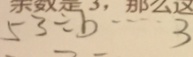
5 3 \div b \cdots 3